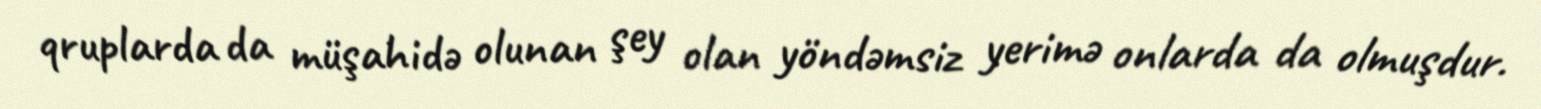
qruplarda da müşahidə olunan şey olan yöndəmsiz yerimə onlarda da olmuşdur.